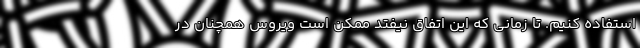
استفاده کنیم. تا زمانی که این اتفاق نیفتد ممکن است ویروس همچنان در